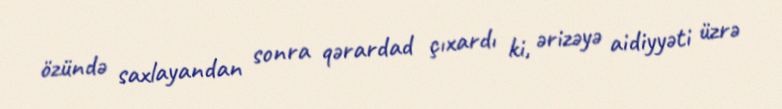
özündə saxlayandan sonra qərardad çıxardı ki, ərizəyə aidiyyəti üzrə